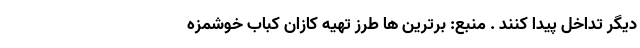
دیگر تداخل پیدا کنند . منبع: برترین ها طرز تهیه کازان کباب خوشمزه